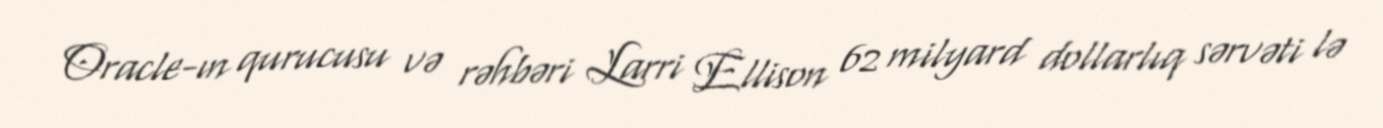
Oracle-ın qurucusu və rəhbəri Larri Ellison 62 milyard dollarlıq sərvəti lə